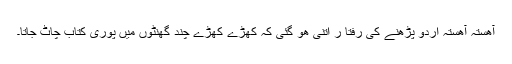
آھستہ آھستہ اردو پڑھنے کی رفتا ر اتنی ھو گئی کہ کھڑے کھڑے چند گھنٹوں میں پوری کتاب چاٹ جاتا۔